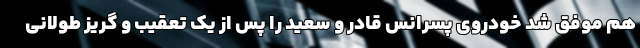
هم موفق شد خودروی پسرانس قادر و سعید را پس از یک تعقیب و گریز طولانی